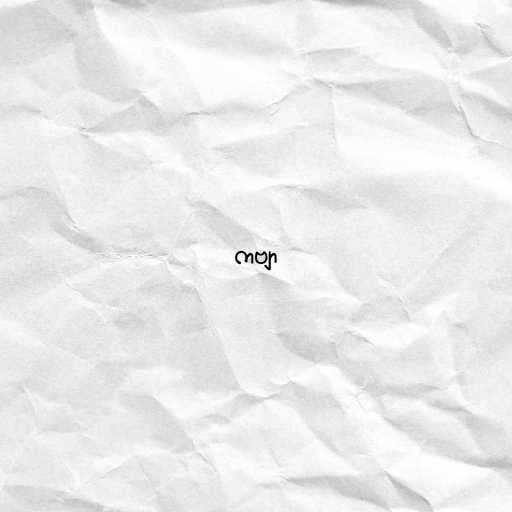
ကဗျာ